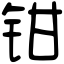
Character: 钳